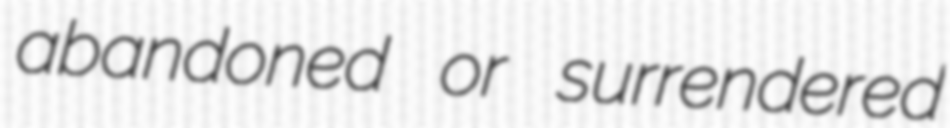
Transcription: abandoned or surrendered